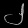
Digit: ၂